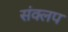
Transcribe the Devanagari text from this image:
संक्लप